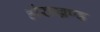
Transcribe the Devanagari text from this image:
हीराखण्ड